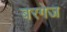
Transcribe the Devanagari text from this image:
बरगेज